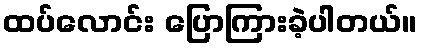
ထပ်လောင်း ပြောကြားခဲ့ပါတယ်။